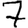
Digit: 7